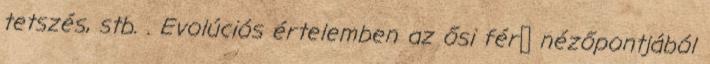
tetszés, stb. . Evolúciós értelemben az ősi férﬁ nézőpontjából